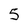
Character: 5